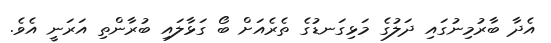
އެދާ ބާރުމިނުގައި ދަލުގެ މަޅިގަނޑުގެ ތެރެއަށް ބޯ ގަޅާލައި ބުރާންތި އަރަނީ އެވެ.